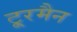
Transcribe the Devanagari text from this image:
टू्रमैन